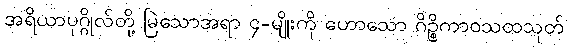
အရိယာပုဂ္ဂိုလ်တို့ မြဲသောအရာ ၄-မျိုးကို ဟောသော ဂိဉ္စိကာဝသထသုတ်